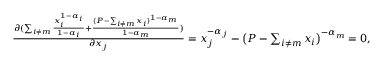
\begin{array} { r } { \frac { \partial ( \sum _ { i \neq m } \frac { x _ { i } ^ { 1 - \alpha _ { i } } } { 1 - \alpha _ { i } } + \frac { ( P - \sum _ { i \neq m } x _ { i } ) ^ { 1 - \alpha _ { m } } } { 1 - \alpha _ { m } } ) } { \partial x _ { j } } = x _ { j } ^ { - \alpha _ { j } } - \big ( P - \sum _ { i \neq m } x _ { i } \big ) ^ { - \alpha _ { m } } = 0 , } \end{array}